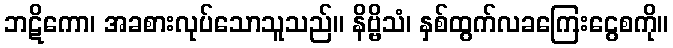
ဘဋိကော၊ အခစားလုပ်သောသူသည်။ နိဗ္ဗိသံ၊ နှစ်ထွက်လခကြေးငွေစကို။